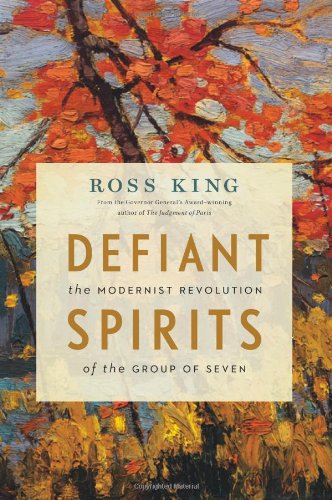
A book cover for Defiant Spirits: The Modernist Revolution of the Group of Seven; Ross King; Biographies & Memoirs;